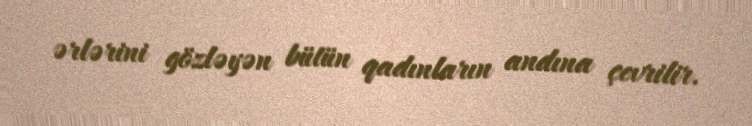
ərlərini gözləyən bütün qadınların andına çevrilir.